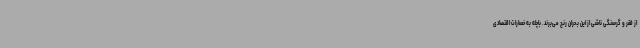
از فقر و گرسنگی ناشی از این بحران رنج می‌برند. باچله به خسارات اقتصادی